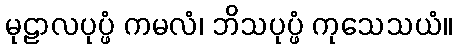
မုဠာလပုပ္ဖံ ကမလံ၊ ဘိသပုပ္ဖံ ကုသေသယံ။